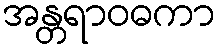
အန္တရာဝဓကာ